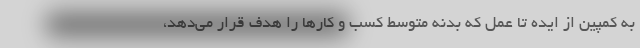
به کمپین از ایده تا عمل که بدنه متوسط کسب و کارها را هدف قرار می‌دهد،